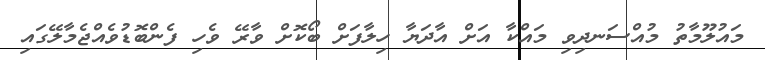
މައުލޫމާތު މުއްސަނދިވި މައްކާ އަށް އާދަޔާ ހިލާފަށް ބޯކޮށް ވާރޭ ވެހި ފެންބޮޑުވެއްޖެމާލޭގައި